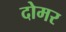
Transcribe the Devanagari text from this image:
दोमर